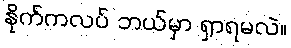
နိုက်ကလပ် ဘယ်မှာ ရှာရမလဲ။